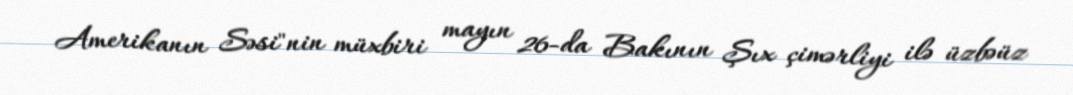
Amerikanın Səsi"nin müxbiri mayın 26-da Bakının Şıx çimərliyi ilə üzbəüz